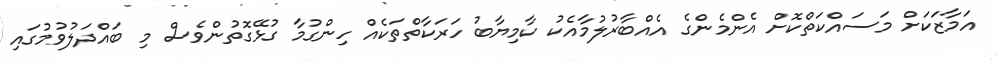
އަމާޒަކަށް މަސައްކަތްކޮށް އެންމެންގެ އެއްބާރުލުމާއެކު ކާމިޔާބު ހަރަކާތްތަކެއް ހިންގުމާ ގުޅޭގޮތުންވެސް މި ބައްދަލުވުމުގައި